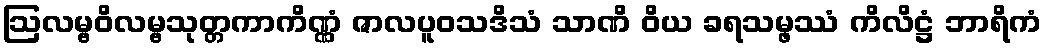
ဩလမ္ဗဝိလမ္ဗသုတ္တကာကိဏ္ဏံ ဇာလပူဝသဒိသံ သာဏိ ဝိယ ခရသမ္ဖဿံ ကိလိဋ္ဌံ ဘာရိကံ